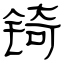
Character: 锜